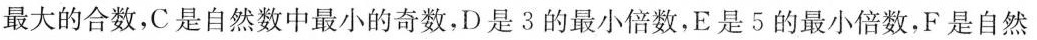
最大的合数，C是自然数中最小的奇数，D是3的最小倍数，E是5的最小倍数，F是自然